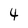
Character: 4